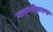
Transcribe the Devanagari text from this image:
वाष्म्पीकरण